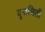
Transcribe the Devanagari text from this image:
वृत्तचिती